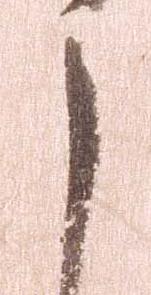
し